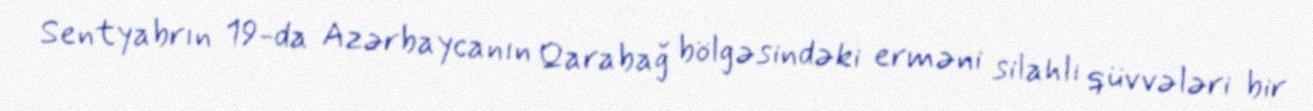
Sentyabrın 19-da Azərbaycanın Qarabağ bölgəsindəki erməni silahlı qüvvələri bir